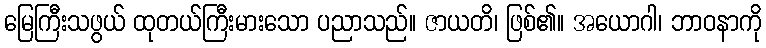
မြေကြီးသဖွယ် ထုတယ်ကြီးမားသော ပညာသည်။ ဇာယတိ၊ ဖြစ်၏။ အယောဂါ၊ ဘာဝနာကို